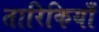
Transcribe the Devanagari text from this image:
तारिकियाँ